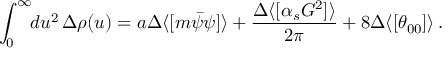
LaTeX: \int _ { 0 } ^ { \infty } \! \! d u ^ { 2 } \, \Delta \rho ( u ) = a \Delta \langle [ m \bar { \psi } \psi ] \rangle + { \frac { \Delta \langle [ \alpha _ { s } G ^ { 2 } ] \rangle } { 2 \pi } } + 8 \Delta \langle [ \theta _ { 0 0 } ] \rangle \, .